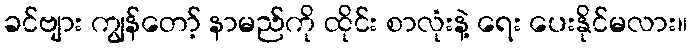
ခင်ဗျား ကျွန်တော့် နာမည်ကို ထိုင်း စာလုံးနဲ့ ရေး ပေးနိုင်မလား။